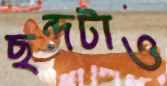
ছন্দটাও